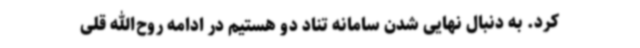
کرد. به دنبال نهایی شدن سامانه تناد دو هستیم در ادامه روح‌الله قلی